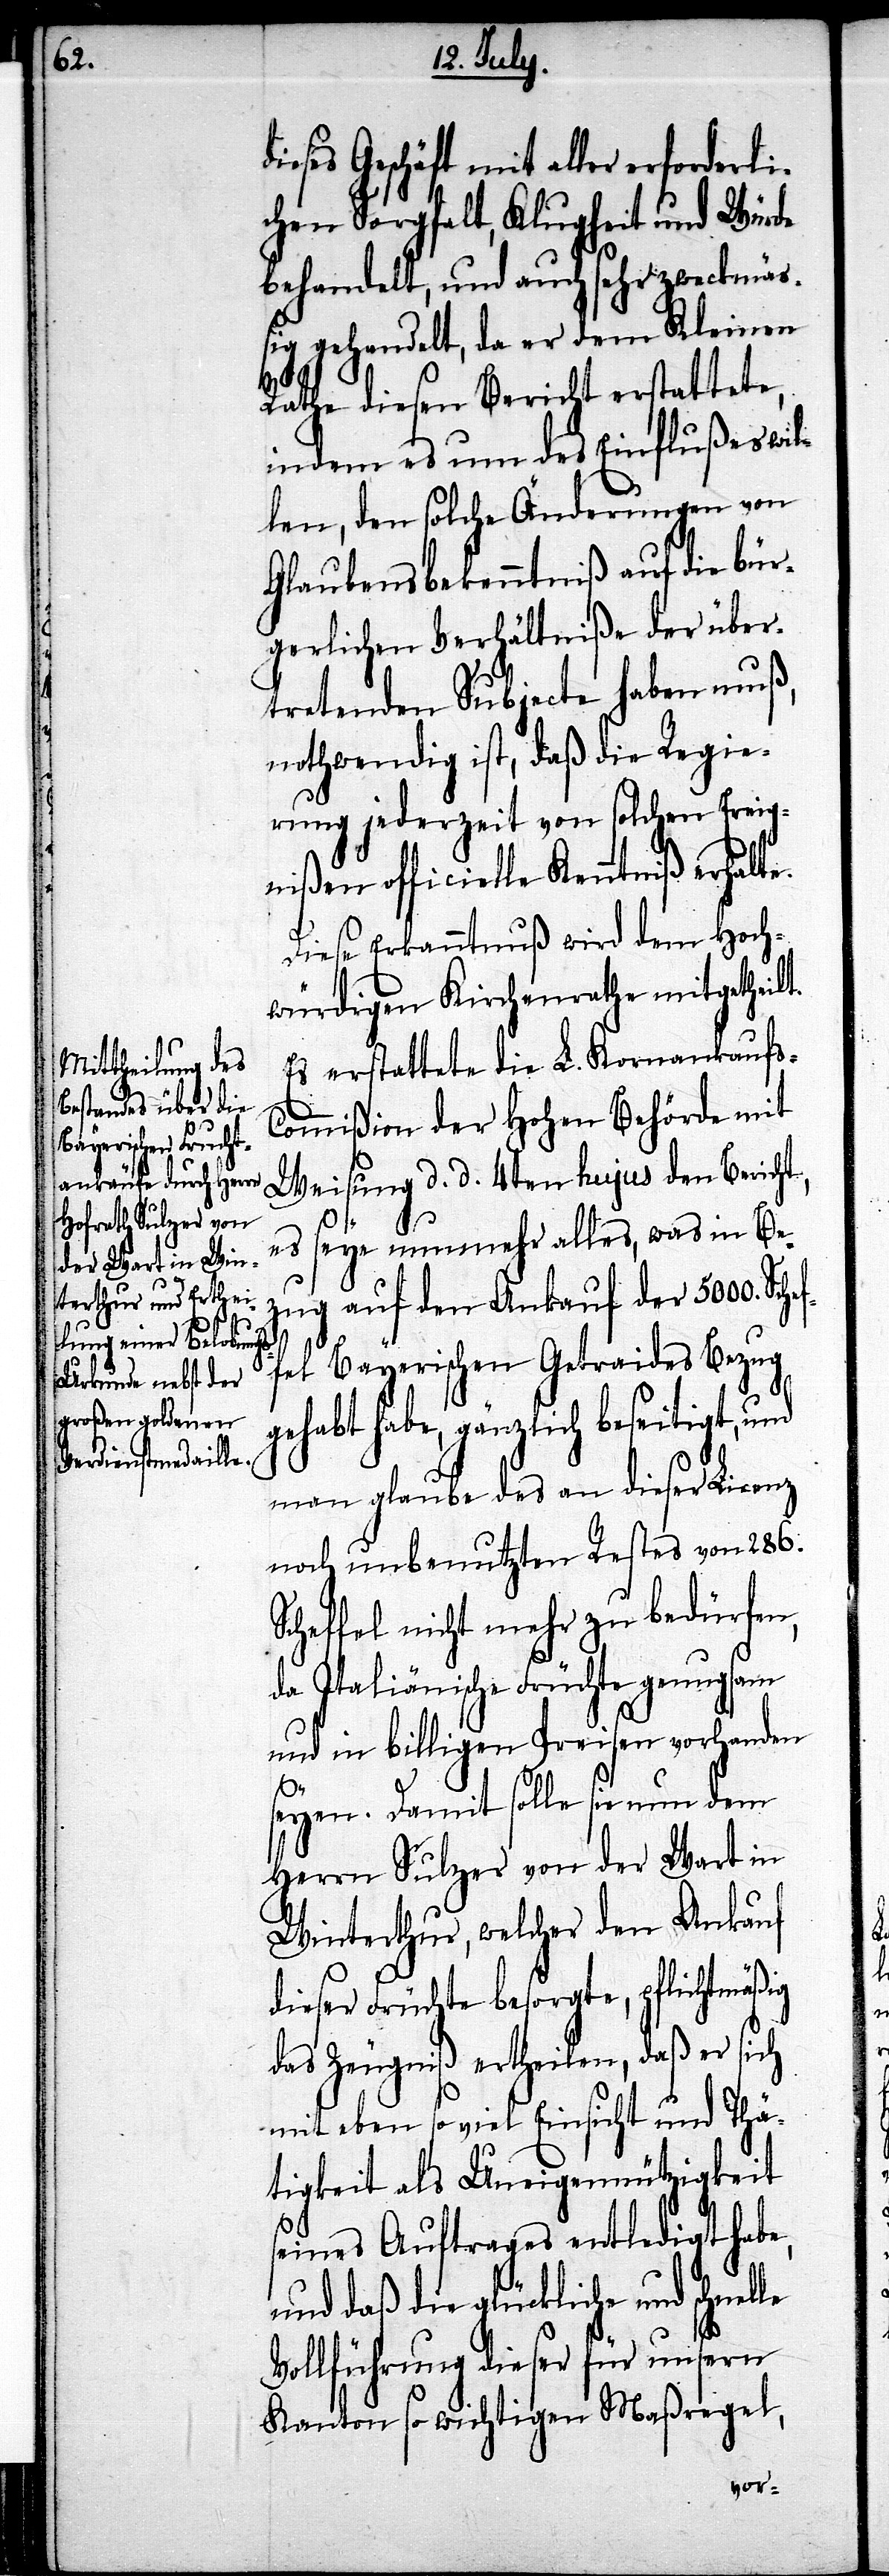
le

dieses Geschäft mit aller erforderl¬
ichen Sorgfalt, Klugheit und Würde
behandelt, und auch sehr zweckmäß¬
ig gehandelt, da er dem Kleinen
Rathe diesen Bericht erstattete,
indem es um des Einflußes wil¬
len, den solche Änderungen von
Glaubensbekenntniß auf die bür¬
gerlichen Verhältniße der über¬
tretenden Subjecte haben muß,
nothwendig ist, daß die Regie¬
rung jederzeit von solchen Ereig¬
nißen officielle Kenntniß erhalt¬
Diese Erkanntnuß wird dem Hoch¬
würdigen Kirchenrathe mitgetheilt.
Es erstattete die L. Kornankaufs-C¬
ommißion der Hohen Behörde mit
Weisung d. d. 4ten hujus den Bericht,
es seye nunmehr alles, was in Be¬
zug auf den Ankauf der 5000. Schef¬
fel Bayerischen Getreides Bezug
gehabt habe, gänzlich beseitigt, und
man glaube des an dieser Licenz
noch unbenutzten Restes von 286.
Scheffel nicht mehr zu bedürfen,
da Italiänische Früchte genugsam
und in billigen Preisen vorhanden
seyen. Damit solle sie nun dem
Herrn Sulzer von der Wart in
Winterthur, welcher den Ankauf
dieser Früchte besorgte, pflichtmäßig
das Zeugniß ertheilen, daß er sich
mit eben so viel Einsicht und Thä¬
tigkeit als Uneigennützigkeit
seines Auftrages entledigt habe,
und daß die glückliche und schnel¬
Vollführung dieser für unsern
Kanton so wichtigen Maßregel,